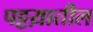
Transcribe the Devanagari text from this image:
पट्टय़ातील